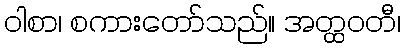
ဝါစာ၊ စကားတော်သည်။ အတ္ထဝတီ၊